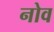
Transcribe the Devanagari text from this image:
नोव